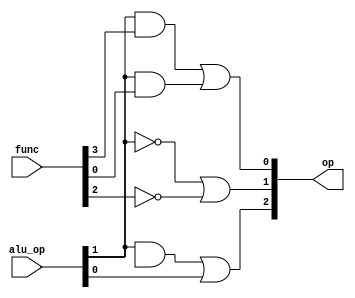
module alu_control(func,alu_op,op);

output [2:0] op;
input [5:0] func;
input [1:0] alu_op;

wire not_f0,not_f1,not_f2,not_f3,not_f4,not_f5,not_alu1;
wire and1,and2,and3;


not (not_f0,func[0]);
not (not_f1,func[1]);
not (not_f2,func[2]);
not (not_f3,func[3]);
not (not_f4,func[4]);
not (not_f5,func[5]);

// function codes
// andn 100100
// orn 100101
// addn 100000
// subn 100010
// xorn 100110



and (and1,alu_op[1],func[3]);
and (and2,alu_op[1],func[0]);
or (op[0],and1,and2);

not (not_alu1,alu_op[1]);
or (op[1],not_alu1,not_f2);

and (and3,alu_op[1],funct[1]);
or (op[2],and3,alu_op[0]);


endmodule